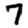
Digit: 7